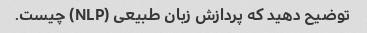
توضیح دهید که پردازش زبان طبیعی (NLP) چیست.